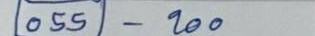
055 - 200